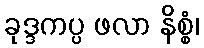
ခုဒ္ဒကပ္ပ ဖလာ နိစ္စံ၊